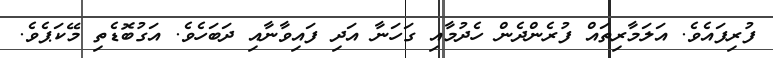
ފުރިފައެވެ. އަލަމާރިތައް ފުރެންދެން ހެދުމާއި ގަހަނާ އަދި ފައިވާނާއި ދަބަހެވެ. އަގުބޮޑެތި މޭކަޕެވެ.